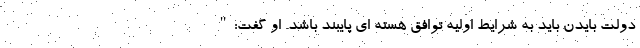
دولت بایدن باید به شرایط اولیه توافق هسته ای پایبند باشد. او گفت:"